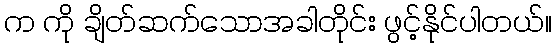
က ကို ချိတ်ဆက်သောအခါတိုင်း ဖွင့်နိုင်ပါတယ်။